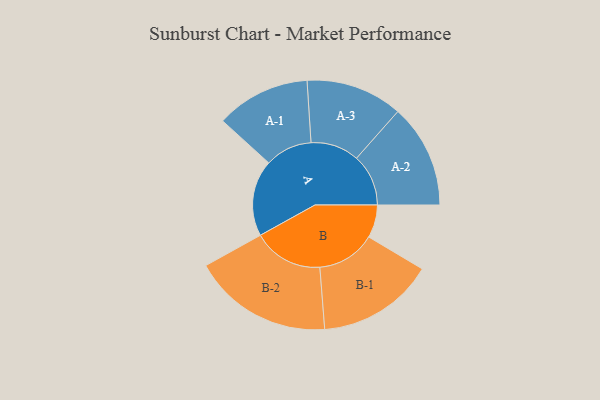
{"axis": {"x": "Segment", "y": "Value"}, "legend": ["", "A", "B"], "data": [{"x": "A", "y": 306, "type": ""}, {"x": "B", "y": 132, "type": ""}, {"x": "A-1", "y": 189, "type": "A"}, {"x": "A-2", "y": 208, "type": "A"}, {"x": "A-3", "y": 194, "type": "A"}, {"x": "B-1", "y": 235, "type": "B"}, {"x": "B-2", "y": 281, "type": "B"}]}